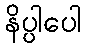
နိပ္ပါပေါ